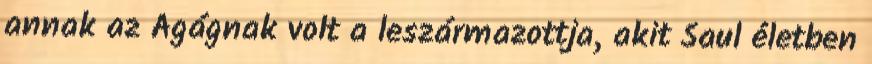
annak az Agágnak volt a leszármazottja, akit Saul életben